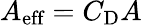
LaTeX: A_{\textrm{eff}}=C_{\textrm{D}}A